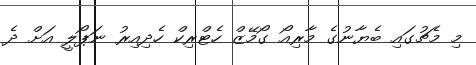
މި މެޗުގައި ބެޔާނުގެ މާރިއޯ ގޯމޭޒް ހެޓްރިކް ހެދިއިރު ނަޕޯލީ އަށް ދެ